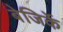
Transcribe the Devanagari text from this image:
बेजिर्के